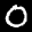
Label: 0